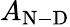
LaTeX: A_{\mathrm{N-D}}